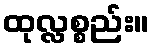
ထုလ္လစ္စည်း။